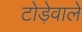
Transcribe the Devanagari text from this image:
टोड़ेवाले